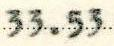
33.53